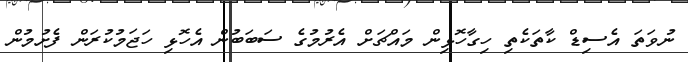
ނުވަތަ އެސިޑް ކާތަކެތި ހިގާހޮޅިން މައްޗަށް އެރުމުގެ ސަބަބުން އެހޮޅި ހަޖަމުކުރަން ފެށުމުން